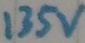
Text: 135v